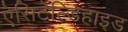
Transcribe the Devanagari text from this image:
ऐसिटेल्डिहाइड